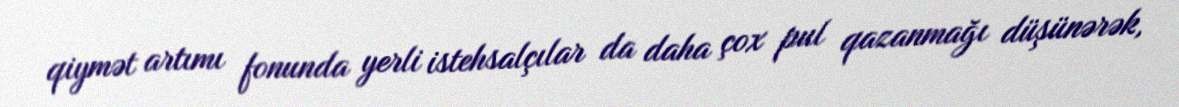
qiymət artımı fonunda yerli istehsalçılar da daha çox pul qazanmağı düşünərək,